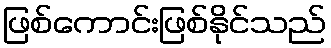
ဖြစ်ကောင်းဖြစ်နိုင်သည်